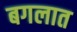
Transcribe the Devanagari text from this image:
बगलात